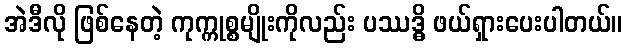
အဲဒီလို ဖြစ်နေတဲ့ ကုက္ကုစ္စမျိုးကိုလည်း ပဿဒ္ဓိ ဖယ်ရှားပေးပါတယ်။